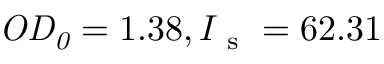
\mathrm { \it { O D _ { 0 } } } = 1 . 3 8 , I _ { \mathrm { ~ s ~ } } = 6 2 . 3 1